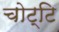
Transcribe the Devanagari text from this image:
चोट्टि